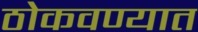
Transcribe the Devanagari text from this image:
ठोकवण्यात